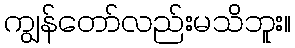
ကျွန်တော်လည်းမသိဘူး။